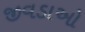
જીવડાઓ